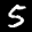
Label: 5